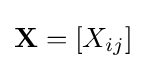
\mathbf {X} =[X_{ij}]